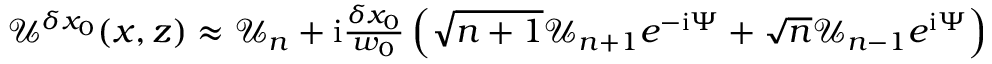
\begin{array} { r } { \mathcal { U } ^ { \delta x _ { 0 } } ( x , z ) \approx \mathcal { U } _ { n } + \mathrm { i } \frac { \delta x _ { 0 } } { w _ { 0 } } \left( \sqrt { n + 1 } \mathcal { U } _ { n + 1 } e ^ { - \mathrm { i } \Psi } + \sqrt { n } \mathcal { U } _ { n - 1 } e ^ { \mathrm { i } \Psi } \right) } \end{array}